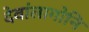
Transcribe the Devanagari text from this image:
देवांलागोनि